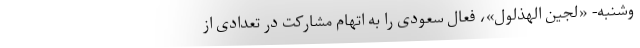
وشنبه- «لجین الهذلول»، فعال سعودی را به اتهام مشارکت در تعدادی از